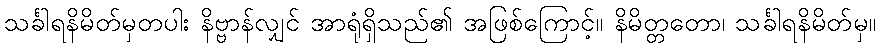
သင်္ခါရနိမိတ်မှတပါး နိဗ္ဗာန်လျှင် အာရုံရှိသည်၏ အဖြစ်ကြောင့်။ နိမိတ္တတော၊ သင်္ခါရနိမိတ်မှ။